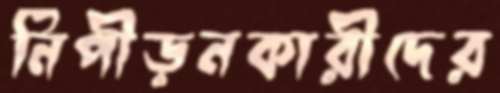
নিপীড়নকারীদের